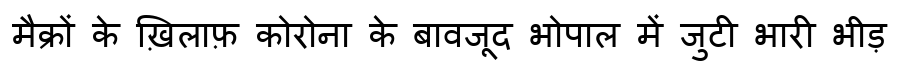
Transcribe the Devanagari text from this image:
मैक्रों के ख़िलाफ़ कोरोना के बावजूद भोपाल में जुटी भारी भीड़